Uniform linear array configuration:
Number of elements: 12
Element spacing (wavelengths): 0.5
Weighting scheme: hamming
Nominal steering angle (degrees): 0
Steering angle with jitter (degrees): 1.764
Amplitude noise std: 0.05
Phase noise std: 0.05

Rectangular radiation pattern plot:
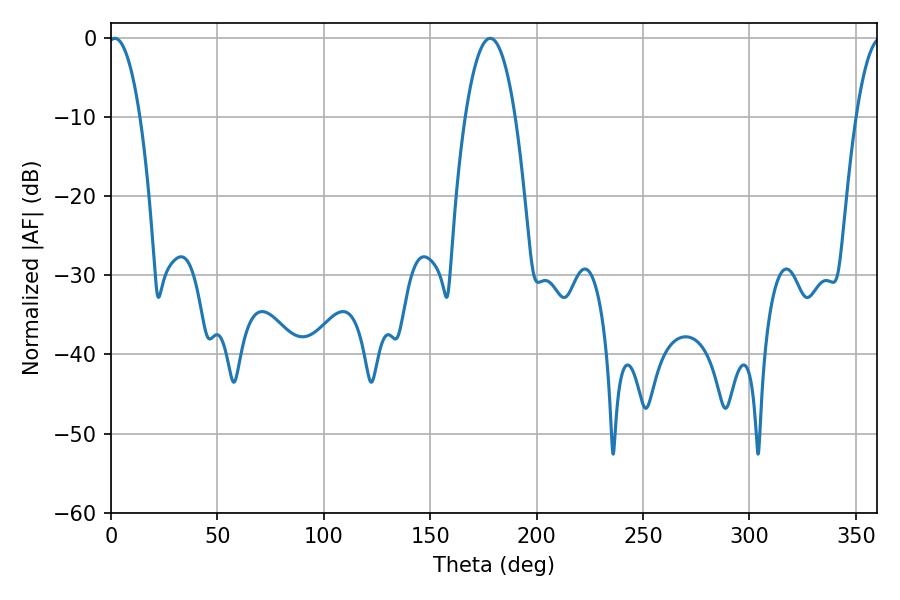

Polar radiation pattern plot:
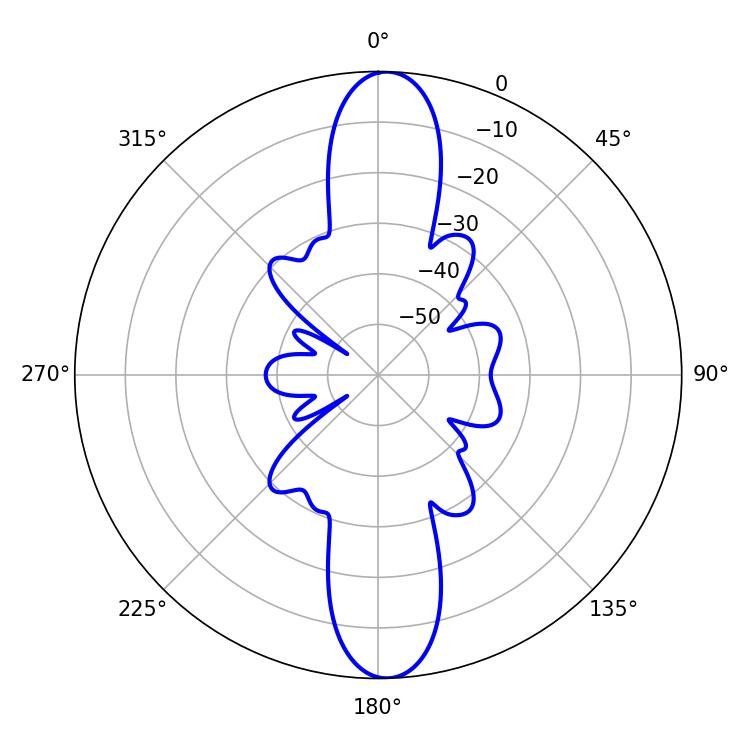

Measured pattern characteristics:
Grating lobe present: FALSE
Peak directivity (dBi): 21.116
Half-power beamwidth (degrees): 8.28
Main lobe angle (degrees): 1.8